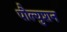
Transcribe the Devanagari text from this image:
पौल्युशन